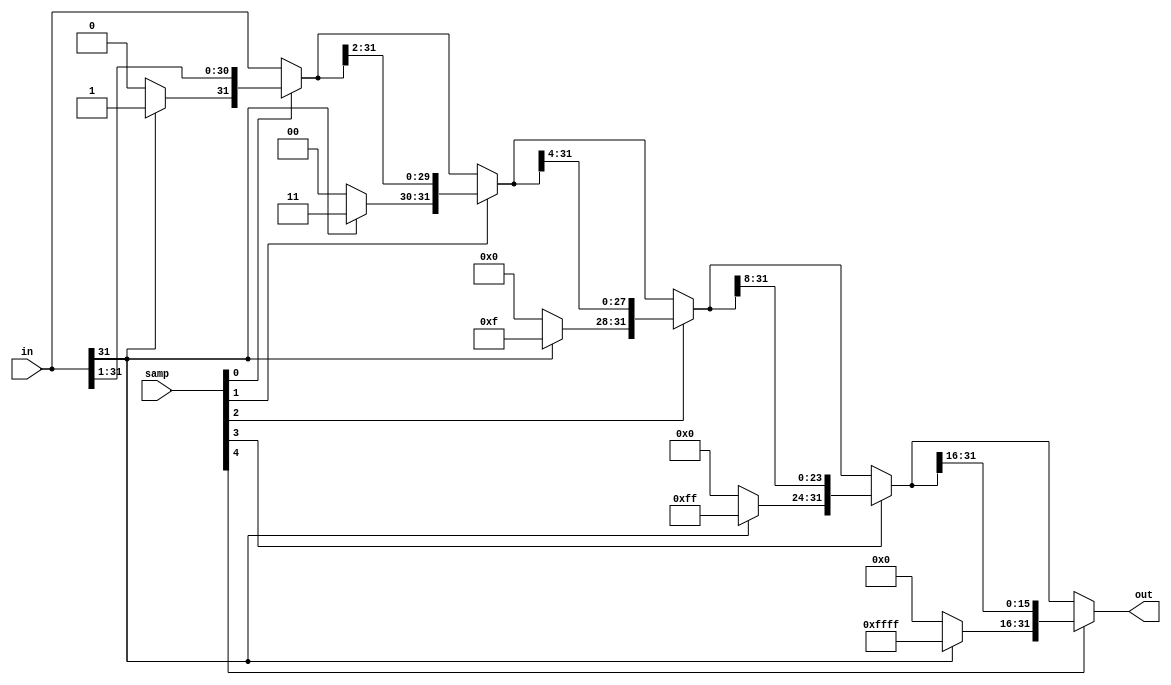
module SRA(input [31:0] in,
				input [4:0] samp,
				output [31:0] out);
				
	wire check0;
	wire [1:0] check1;
	wire [3:0] check2;
	wire [7:0] check3;
	wire [15:0] check4;
	wire [31:0] temp0, temp1, temp2, temp3;
	
	assign check0 = in[31] ? 1'b1 : 1'b0;
	assign check1 = in[31] ? 2'b11 : 2'b0;
	assign check2 = in[31] ? 4'hF : 4'b0;
	assign check3 = in[31] ? 8'hFF : 8'b0;
	assign check4 = in[31] ? 16'hFFFF : 16'b0;
	
	assign temp0 = samp[0] ? {check0,in[31:1]} : in;
	assign temp1 = samp[1] ? {check1[1:0],temp0[31:2]} : temp0;
	assign temp2 = samp[2] ? {check2[3:0],temp1[31:4]} : temp1;
	assign temp3 = samp[3] ? {check3[7:0],temp2[31:8]} : temp2;
	assign out = samp[4] ? {check4[15:0],temp3[31:16]} : temp3;
	
endmodule